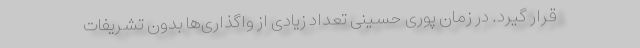
قرار گیرد. در زمان پوری حسینی تعداد زیادی از واگذاری‌ها بدون تشریفات